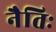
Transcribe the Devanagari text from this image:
नैतिः